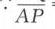
\(\overline{AP}\)